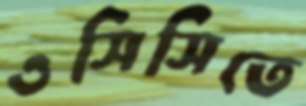
ওসিসিতে